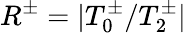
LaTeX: R^{\pm}=|T_{0}^{\pm}/T_{2}^{\pm}|